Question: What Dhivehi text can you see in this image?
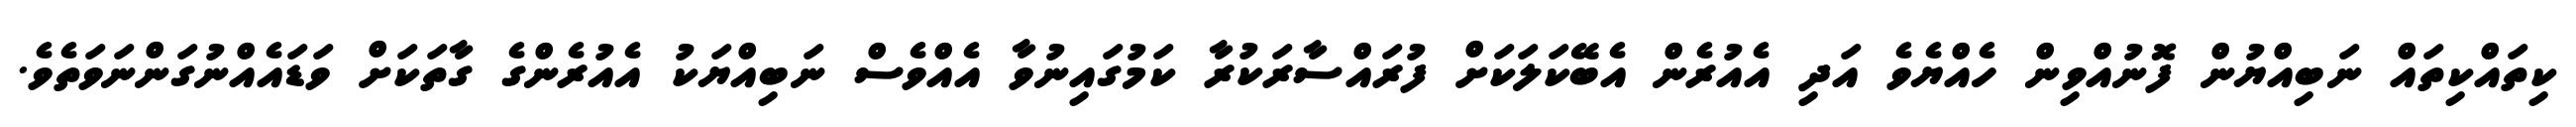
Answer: ކިތައްކިތައް ނަބިއްޔުން ފޮނުއްވިން ހެއްޔެވެ އަދި އެއުރެން އެބޭކަލަކަށް ފުރައްސާރަކުރާ ކަމުގައިނުވާ އެއްވެސް ނަބިއްޔަކު އެއުރެންގެ ގާތަކަށް ވަޑައެއްނުގަންނަވަތެވެ.